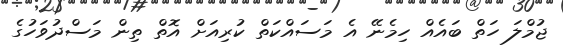
ޖުމްލަ ހަތް ބައެއް ހިމެނޭ އެ މަސައްކަތް ކުރިއަށް އޮތް ތިން މަސްދުވަހުގެ